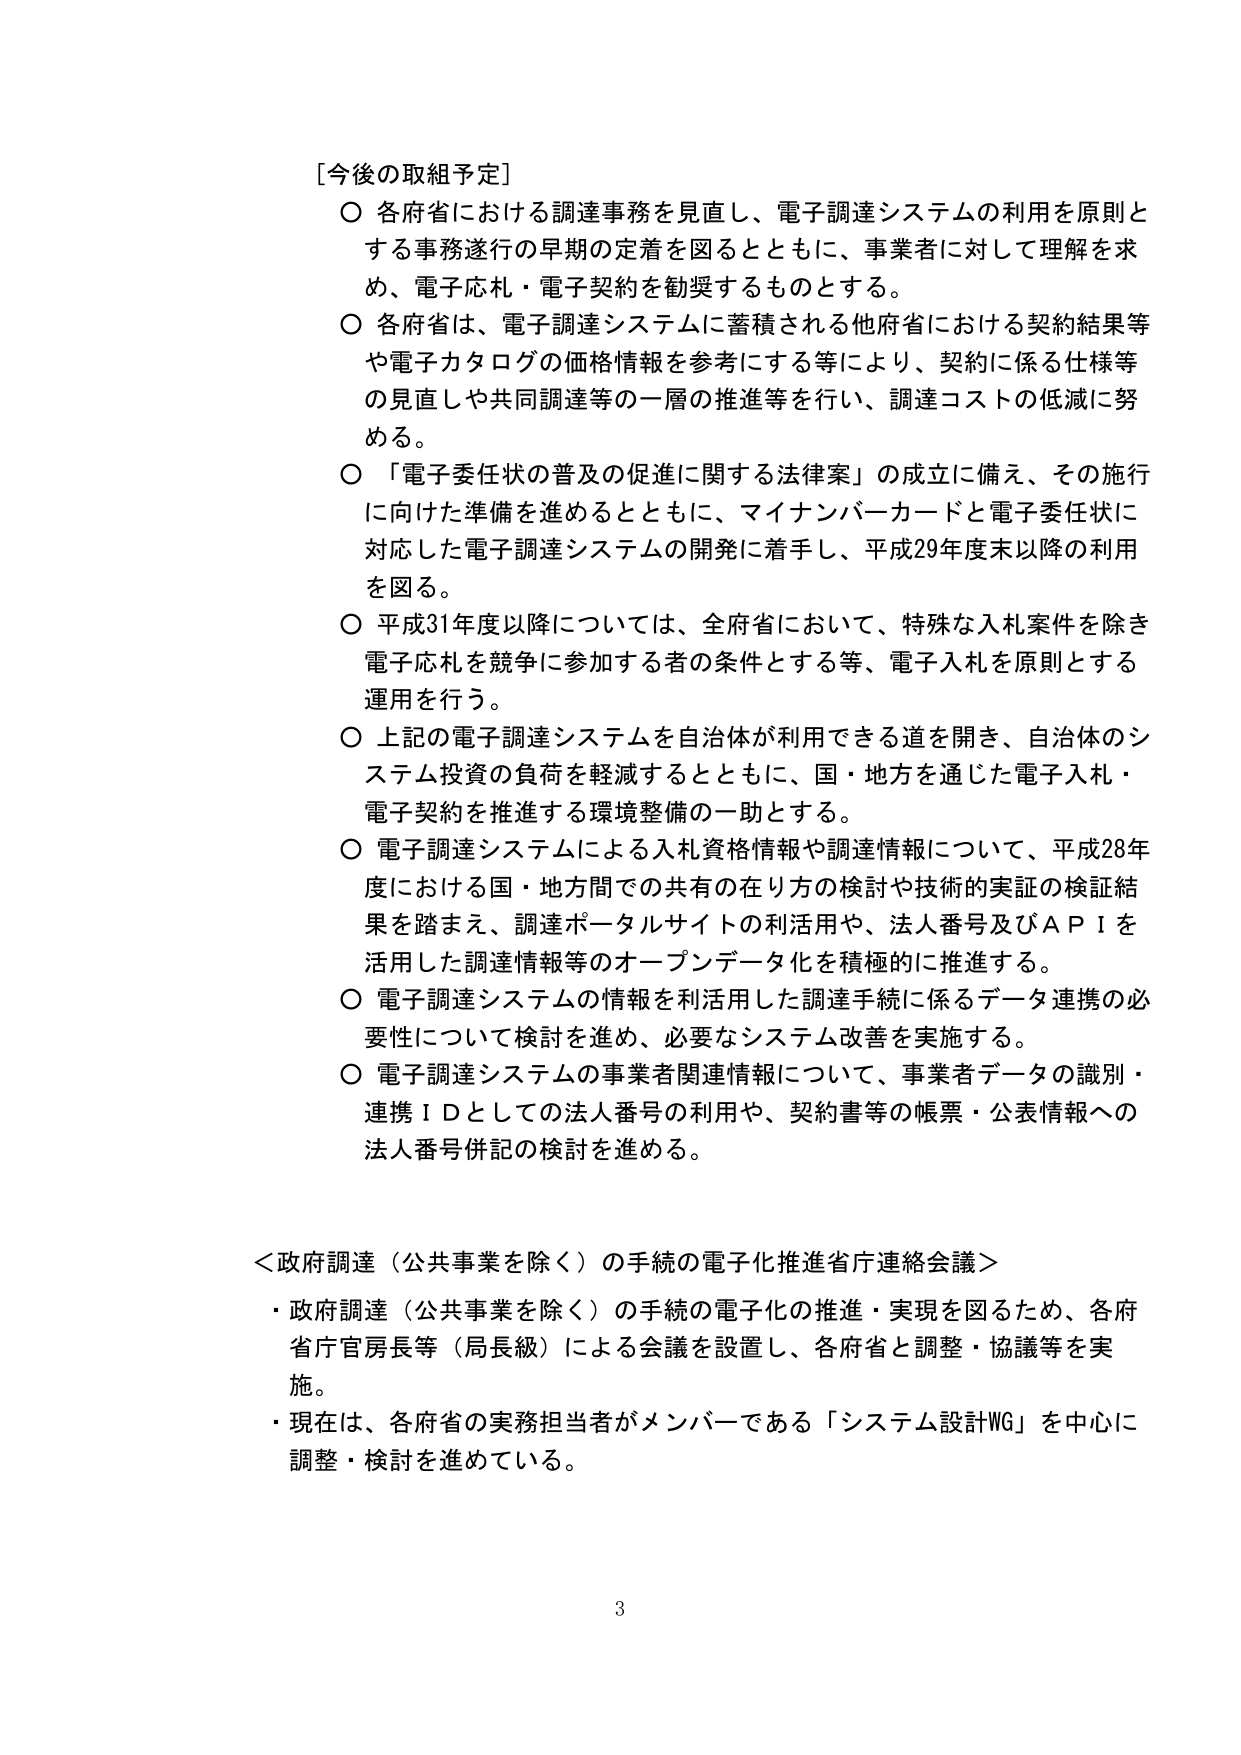
[今後の取組予定]
○ 各府省における調達事務を見直し、電子調達システムの利用を原則とする事務遂行の早期の定着を図るとともに、事業者に対して理解を求め、電子応札・電子契約を勧奨するものとする。
○ 各府省は、電子調達システムに蓄積される他府省における契約結果等や電子カタログの価格情報を参考にする等により、契約に係る仕様等の見直しや共同調達等の一層の推進等を行い、調達コストの低減に努める。
○ 「電子委任状の普及の促進に関する法律案」の成立に備え、その施行に向けた準備を進めるとともに、マイナンバーカードと電子委任状に対応した電子調達システムの開発に着手し、平成29年度末以降の利用を図る。
○ 平成31年度以降については、全府省において、特殊な入札案件を除き電子応札を競争に参加する者の条件とする等、電子入札を原則とする運用を行う。
○ 上記の電子調達システムを自治体が利用できる道を開き、自治体のシステム投資の負荷を軽減するとともに、国・地方を通じた電子入札・電子契約を推進する環境整備の一助とする。
○ 電子調達システムによる入札資格情報や調達情報について、平成28年度における国・地方間での共有の在り方の検討や技術的実証の検証結果を踏まえ、調達ポータルサイトの利活用や、法人番号及びＡＰＩを活用した調達情報等のオープンデータ化を積極的に推進する。
○ 電子調達システムの情報を利活用した調達手続に係るデータ連携の必要性について検討を進め、必要なシステム改善を実施する。
○ 電子調達システムの事業者関連情報について、事業者データの識別・連携ＩＤとしての法人番号の利用や、契約書等の帳票・公表情報への法人番号併記の検討を進める。

＜政府調達（公共事業を除く）の手続の電子化推進省庁連絡会議＞
・ 政府調達（公共事業を除く）の手続の電子化の推進・実現を図るため、各府省庁官房長等（局長級）による会議を設置し、各府省と調整・協議等を実施。
・ 現在は、各府省の実務担当者がメンバーである「システム設計WG」を中心に調整・検討を進めている。

3